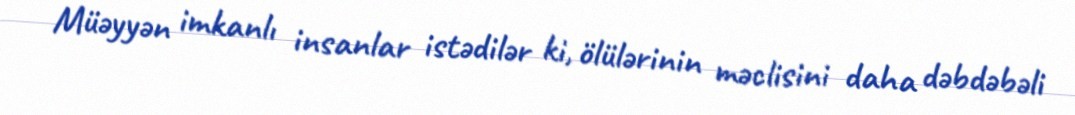
Müəyyən imkanlı insanlar istədilər ki, ölülərinin məclisini daha dəbdəbəli